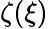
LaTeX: \zeta(\xi)